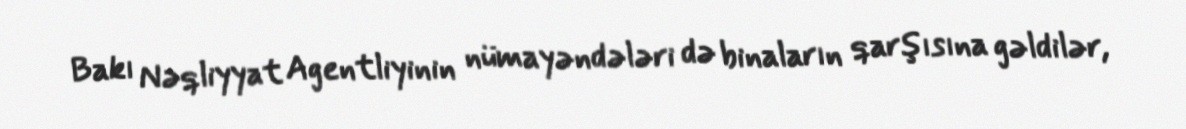
Bakı Nəqliyyat Agentliyinin nümayəndələri də binaların qarşısına gəldilər,